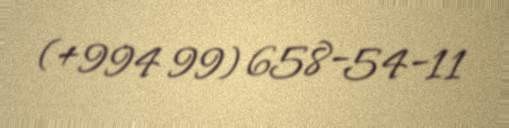
(+994 99) 658-54-11